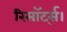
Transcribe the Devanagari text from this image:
रिसॉर्ट्स।